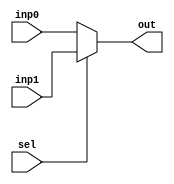
module mux#(
	localparam LEN = 32
)(
    input  [LEN-1:0]  inp0,
    input  [LEN-1:0]  inp1,
    input             sel,
    output [LEN-1:0]  out
);
	assign out = (sel) ? inp1 : inp0; 
//	reg [LEN-1:0]  result;
//	assign out = result;
//	always @* begin
//		if(sel)
//			result = inpB;
//		else
//			result = inpA;
//	end
endmodule